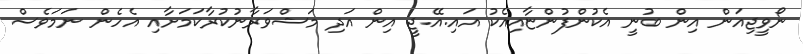
ނޯވީޖިއަން އިން ބުނީ އެކުންފުންޏާއިއެކު އައި.އޭ.ޖީ އިން އަދި މަޝްވަރާނުކުރާކަމަށާއި އެހެން ނަމަވެސް